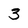
Character: 3